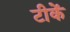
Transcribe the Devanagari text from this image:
टीकें